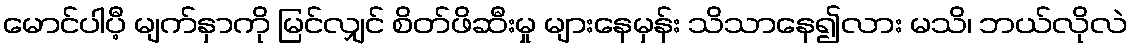
မောင်ပါပီ့ မျက်နှာကို မြင်လျှင် စိတ်ဖိဆီးမှု များနေမှန်း သိသာနေ၍လား မသိ၊ ဘယ်လိုလဲ